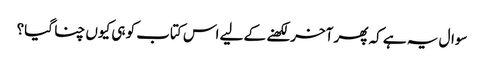
سوال یہ ہے کہ پھر آخر لکھنے کے لیے اس کتاب کو ہی کیوں چنا گیا؟